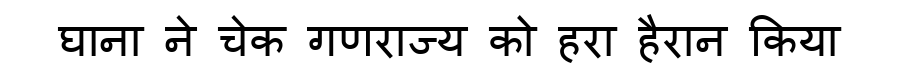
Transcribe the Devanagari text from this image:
घाना ने चेक गणराज्य को हरा हैरान किया